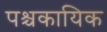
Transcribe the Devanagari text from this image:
पश्चकायिक